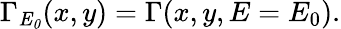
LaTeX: \Gamma_{\mathit{E_{0}}}(x,y)=\Gamma(x,y,E=E_{0}).